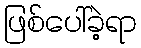
ဖြစ်ပေါ်ခဲ့ရာ